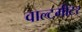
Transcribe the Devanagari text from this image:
वाल्टमीटर